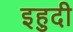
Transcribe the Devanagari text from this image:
इहुदी